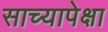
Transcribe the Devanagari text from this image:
साच्यापेक्षा